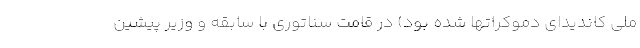
ملی کاندیدای دموکراتها شده بود) در قامت سناتوری با سابقه و وزیر پیشین